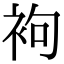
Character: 袧